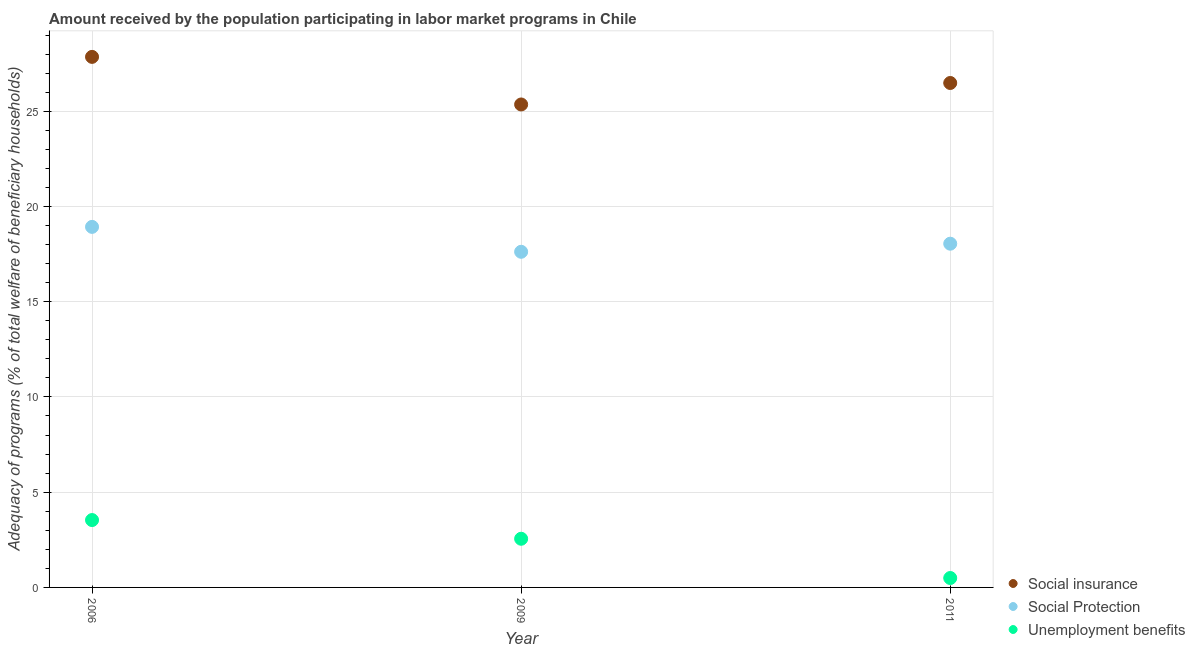
| Year | Social insurance | Social Protection | Unemployment benefits |
 | --- | --- | --- | --- |
 | 2006 | 27.9 | 18.9 | 3.54 |
 | 2009 | 25.4 | 17.6 | 2.55 |
 | 2011 | 26.5 | 18 | 0.494 |